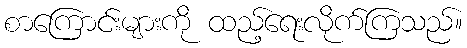
စာကြောင်းများကို ထည့်ရေးလိုက်ကြသည်။